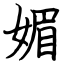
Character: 媚